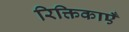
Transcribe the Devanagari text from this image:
रिक्तिकाएँ